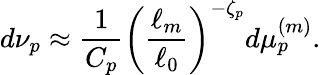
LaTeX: d\nu_{p}\approx\frac{1}{C_{p}}\left(\frac{\ell_{m}}{\ell_{0}}\right)^{-\zeta_{p}}d\mu_{p}^{(m)}.